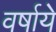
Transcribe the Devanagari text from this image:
वर्षाये